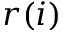
r ( i )